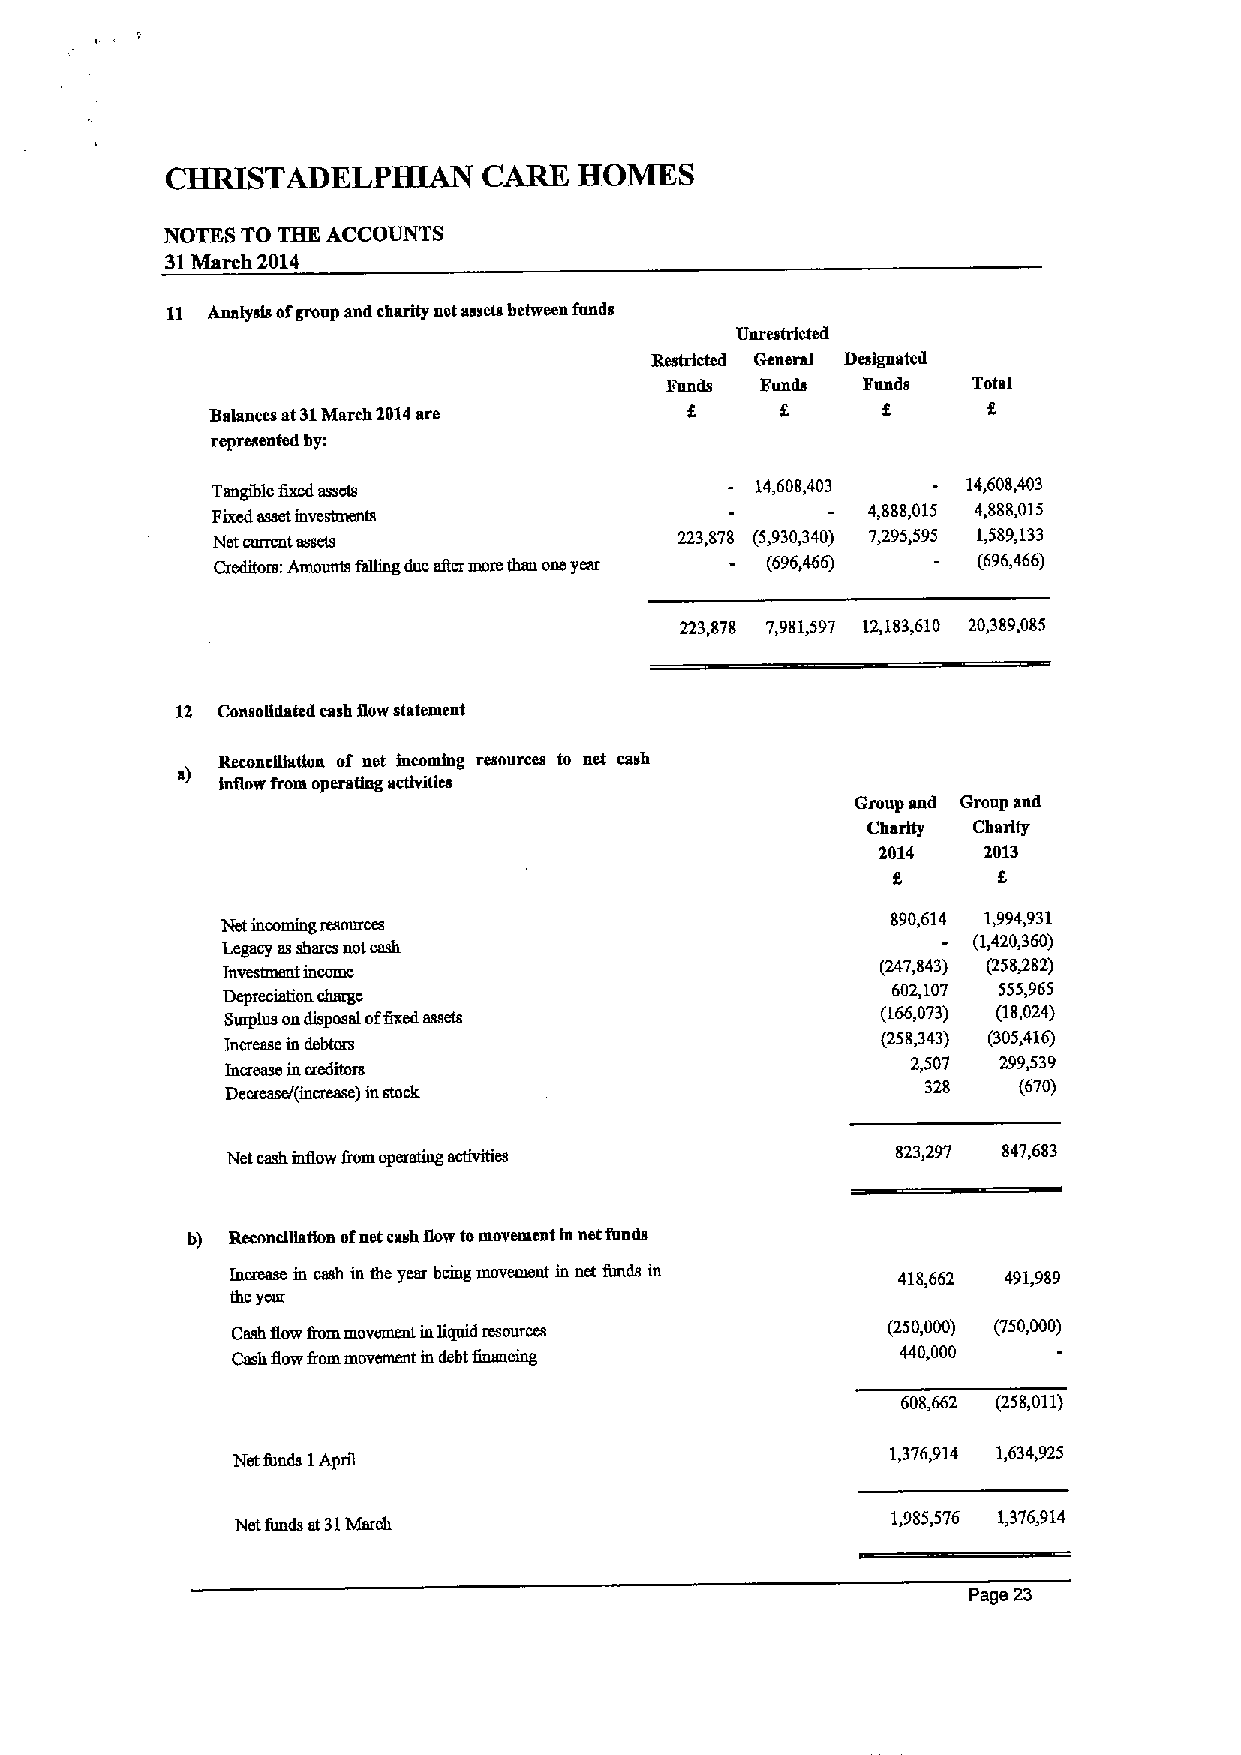
CHRISTADELPHIAN      CARE  HOMES
 NOTES TO THE ACCOUNTS
 31March 2014
 11 Analysis ofgroup and charity net assets between funds
 Unrestricted
 Restricted General Designated
 Fends Funds  Funds  Total
 Balances at31March 2014are                         f.
 represented by:
 Tangible fixed assets               14,608,403    14,60S,403
 Fixed asset investments
 4,888,015 4,888,015
 Net current assets             223,878 (5,930,340) 7,295,595 1,589,133
 Creditors: Amounts falling due alter mom than oneyear (696,466) - (696,466)
 223,878 7,981,597 12,183,610 20,389,085
 12 ConsoUdated cash Rowstatement
 Reconciliation of net incoming resources to net cash
 lnfiow from operating activities
 Group and Group and
 Charity Charity
 2014   2013
 8
 Net incoming resources
 890,614 1,994,931
 Legacy asshares not cash
 (1,420,360)
 Investment income
 (247,843) (258382)
 Depreciation chargo
 602,107 555,965
 Surplus ondisposal offixed assets          (166,073) (18,024)
 (258,343) (305,416)
 Increase in debtors
 Increase increditors
 2,507 299,539
 Decrease/(increase) instock                   328   (670)
 Net cash infiow fi'om operatmg tivities
 823,297 847,683
 b) Recondllattoa ofnet cash flow tomovement ln net funds
 Increase m cash in the year bemg movement in net fimds in 418,662 491,989
 tbcyellr
 Cash flow fiommovement inIttpdd resources   (250,000) (750,000)
 Cash flow fiommovement m debt finsucing      440,000
 608,662 (258,011)
 Net funds IApril                            1,376,914 1,634,925
 Net funds at31March
 1,985,576 1,376,914
 Page 23